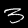
Digit: 3